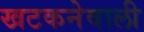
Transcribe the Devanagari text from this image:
खटकनेवाली